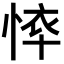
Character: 𢜙